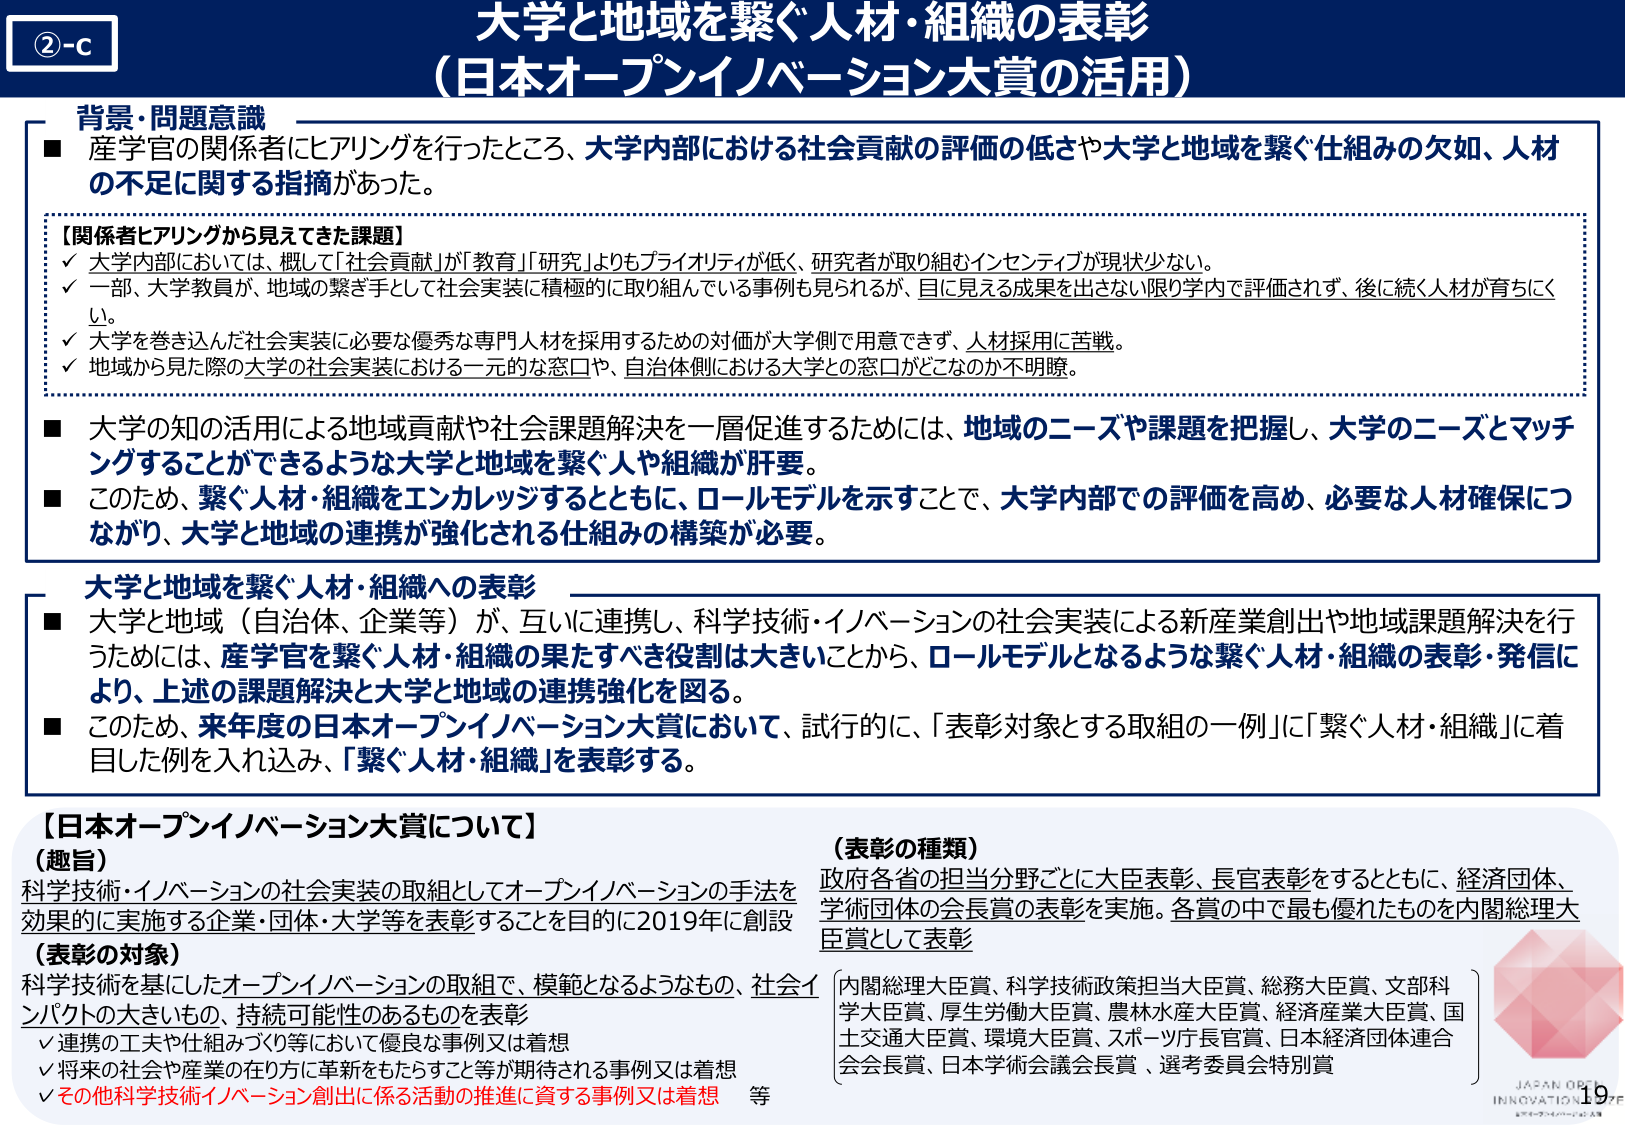
②-c
大学と地域を繋ぐ人材・組織の表彰
（日本オープンイノベーション大賞の活用）

背景・問題意識
■ 産学官の関係者にヒアリングを行ったところ、大学内部における社会貢献の評価の低さや大学と地域を繋ぐ仕組みの欠如、人材の不足に関する指摘があった。

【関係者ヒアリングから見えてきた課題】
✓ 大学内部においては、概して「社会貢献」が「教育」「研究」よりもプライオリティが低く、研究者が取り組むインセンティブが現状少ない。
✓ 一部、大学教員が、地域の繋ぎ手として社会実装に積極的に取り組んでいる事例も見られるが、目に見える成果を出さない限り学内で評価されず、後に続く人材が育ちにくい。
✓ 大学を巻き込んだ社会実装に必要な優秀な専門人材を採用するための対価が大学側で用意できず、人材採用に苦戦。
✓ 地域から見た際の大学の社会実装における一元的な窓口や、自治体側における大学との窓口がどこなのか不明瞭。

■ 大学の知の活用による地域貢献や社会課題解決を一層促進するためには、地域のニーズや課題を把握し、大学のニーズとマッチングすることができるような大学と地域を繋ぐ人や組織が肝要。
■ このため、繋ぐ人材・組織をエンカレッジするとともに、ロールモデルを示すことで、大学内部での評価を高め、必要な人材確保につながり、大学と地域の連携が強化される仕組みの構築が必要。

大学と地域を繋ぐ人材・組織への表彰
■ 大学と地域（自治体、企業等）が、互いに連携し、科学技術・イノベーションの社会実装による新産業創出や地域課題解決を行うためには、産学官を繋ぐ人材・組織の果たすべき役割は大きいことから、ロールモデルとなるような繋ぐ人材・組織の表彰・発信により、上述の課題解決と大学と地域の連携強化を図る。
■ このため、来年度の日本オープンイノベーション大賞において、試行的に、「表彰対象とする取組の一例」に「繋ぐ人材・組織」に着目した例を入れ込み、「繋ぐ人材・組織」を表彰する。

【日本オープンイノベーション大賞について】
（趣旨）
科学技術・イノベーションの社会実装の取組としてオープンイノベーションの手法を効果的に実施する企業・団体・大学等を表彰することを目的に2019年に創設

（表彰の対象）
科学技術を基にしたオープンイノベーションの取組で、模範となるようなもの、社会インパクトの大きいもの、持続可能性のあるものを表彰
✓ 連携の工夫や仕組みづくり等において優良な事例又は着想
✓ 将来の社会や産業の在り方に革新をもたらすことが等が期待される事例又は着想
✓ その他科学技術イノベーション創出に係る活動の推進に資する事例又は着想 等

（表彰の種類）
政府各省の担当分野ごとに大臣表彰、長官表彰をするとともに、経済団体、学術団体の会長賞の表彰を実施。各賞の中で最も優れたものを内閣総理大臣賞として表彰
{内閣総理大臣賞、科学技術政策担当大臣賞、総務大臣賞、文部科学大臣賞、厚生労働大臣賞、農林水産大臣賞、経済産業大臣賞、国土交通大臣賞、環境大臣賞、スポーツ庁長官賞、日本経済団体連合会会長賞、日本学術会議会長賞、選考委員会特別賞}

JAPAN OPEN INNOVATION 2022
19